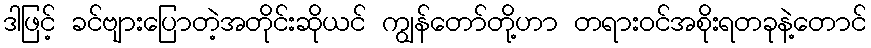
ဒါဖြင့် ခင်ဗျားပြောတဲ့အတိုင်းဆိုယင် ကျွန်တော်တို့ဟာ တရားဝင်အစိုးရတခုနဲ့တောင်